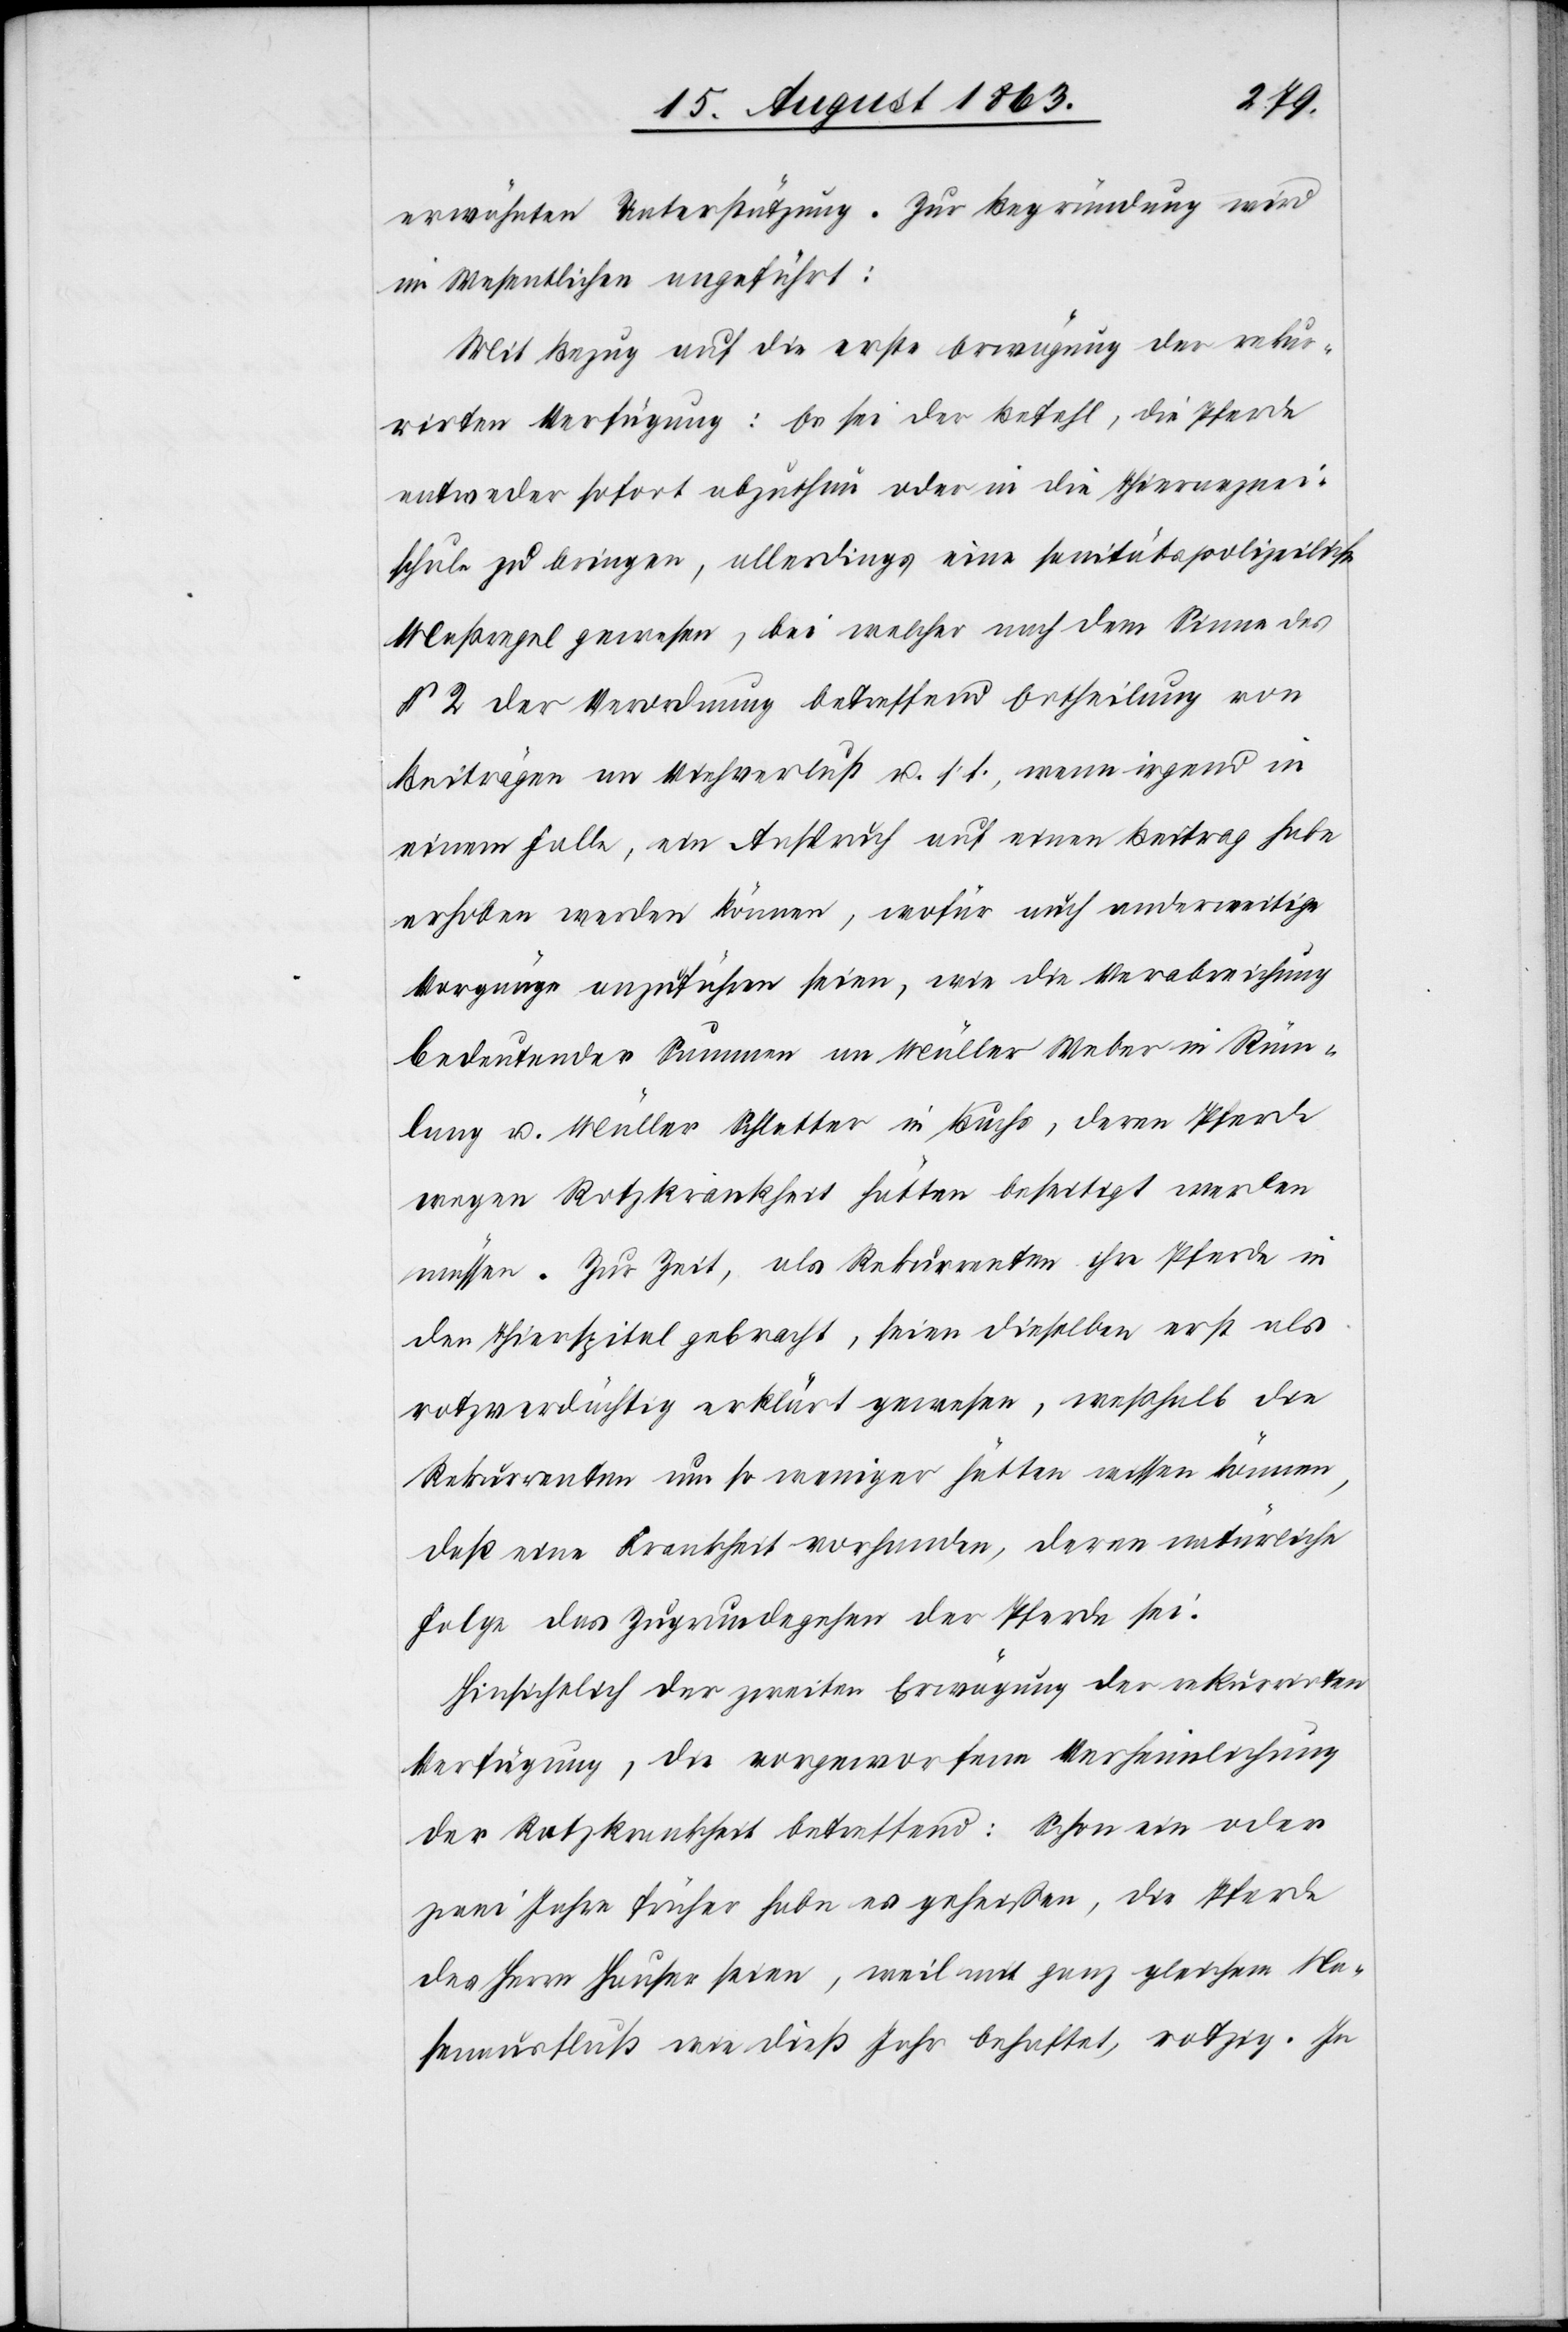
erwähnten Unterstützung. Zur Begründung wird
im Wesentlichen angeführt:
Mit Bezug auf die erste Erwägung der rekur¬
rirten Verfügung: Es sei der Befehl, die Pferde
entweder sofort abzuthun oder in die Thierarznei¬
schule zu bringen, allerdings eine sanitätspolizeiliche
Maßregel gewesen, bei welcher nach dem Sinne des
§ 2 der Verordnung betreffend Ertheilung von
Beiträgen an Viehverlust u. s. f., wenn irgend in
einem Falle, ein Anspruch auf einen Beitrag habe
erhoben werden können, wofür auch anderweitige
Vorgänge anzuführen seien, wie die Verabreichung
bedeutender Summen an Müller Weber in Rüm¬
lang u. Müller Schlatter in Buchs, deren Pferde
wegen Rotzkrankheit hatten beseitigt werden
müssen. Zur Zeit, als Rekurrenten ihre Pferde in
den Thierspital gebracht, seien dieselben erst als
rotzverdächtig erklärt gewesen, weßhalb die
Rekurrenten um so weniger hätten wissen können,
daß eine Krankheit vorhanden, deren natürliche
Folge das Zugrundegehen der Pferde sei.
Hinsichtlich der zweiten Erwägung der rekurrirten
Verfügung, die vorgeworfene Verheimlichung
der Rotzkrankheit betreffend: Schon ein oder
zwei Jahre früher habe es geheißen, die Pferde
des Herrn Hauser seien, weil mit ganz gleichem Na¬
senausfluß wie dieß Jahr behaftet, rotzig. In